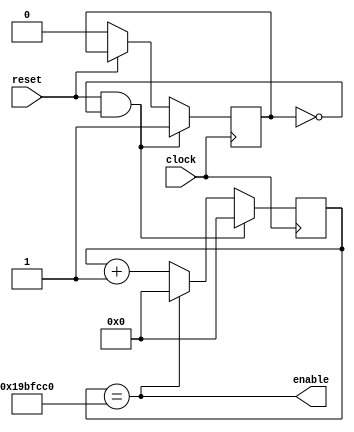
`timescale 1ns / 1ps
//////////////////////////////////////////////////////////////////////////////////
// Company: 
// Engineer: 
// 
// Design Name: 
// Module Name:    divider 
// Project Name: 
// Target Devices: 
// Tool versions: 
// Description: 
//
// Dependencies: 
//
// Revision: 
// Revision 0.01 - File Created
// Additional Comments: 
//
//////////////////////////////////////////////////////////////////////////////////
module divider(
    input reset,
    input clock,
    output enable
    );


    parameter ticks  = 27000000;
    reg [24:0] count = 0; 
	 reg [24:0] next_count = 0;
	 
	 reg flag = 0;
	 
	 always @ * 
	 next_count = (count == ticks) ? 0 : count + 1;
	 
	 always @(posedge clock) begin
	    if (reset && !flag) begin 
		     count <= 0;
			  flag = 1;
		 end
		 else begin 
		    if (!reset) flag = 0;
		    count <= next_count;
		 end
	 end
	 
	 
	 assign enable = (count == ticks);
endmodule